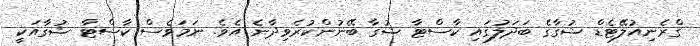
ގްރެނިއުލޭޓެޑް ޝުގާގެ ބަދަލުގައި ކާސްޓާ ޝުގާ ބޭނުންކުރެވިދާނެ އެވެ. ނަމަވެސް ކާސްޓާ ޝުގާއަކީ